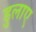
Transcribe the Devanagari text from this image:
डुलाए